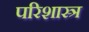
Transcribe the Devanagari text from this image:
परिशास्त्र